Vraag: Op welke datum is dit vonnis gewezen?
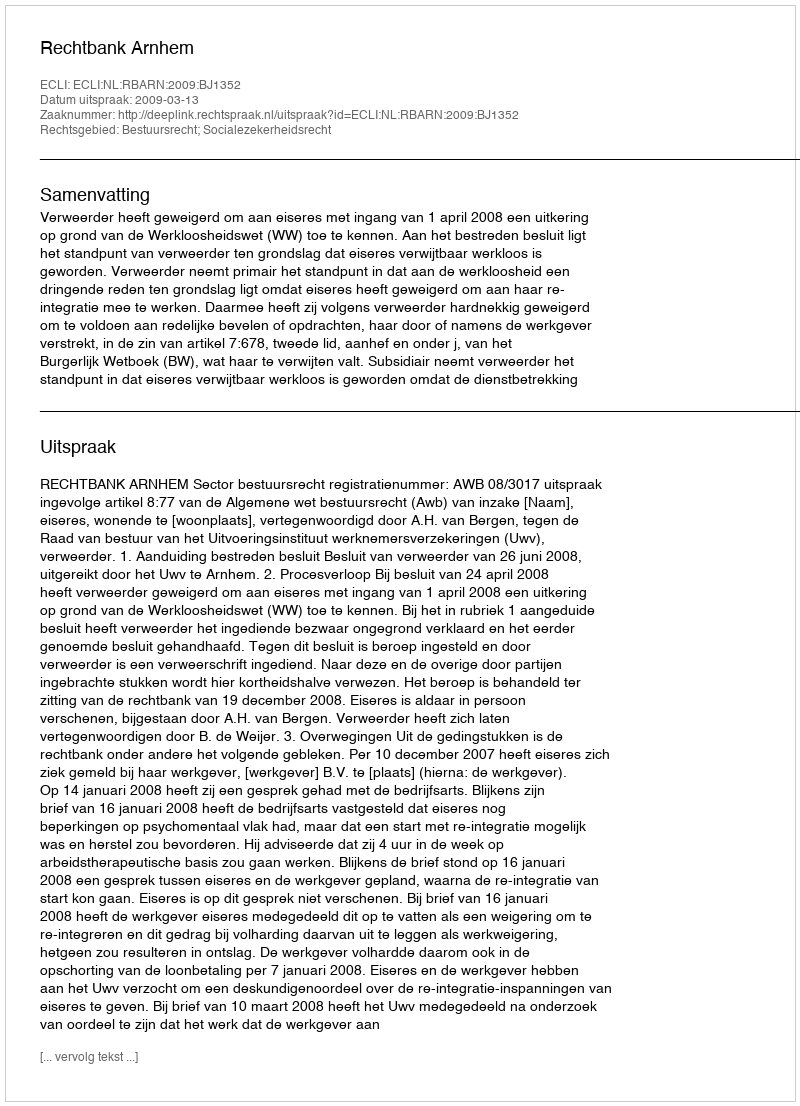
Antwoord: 2009-03-13